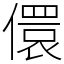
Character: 儇